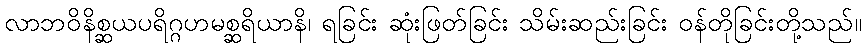
လာဘဝိနိစ္ဆယပရိဂ္ဂဟမစ္ဆရိယာနိ၊ ရခြင်း ဆုံးဖြတ်ခြင်း သိမ်းဆည်းခြင်း ဝန်တိုခြင်းတို့သည်။